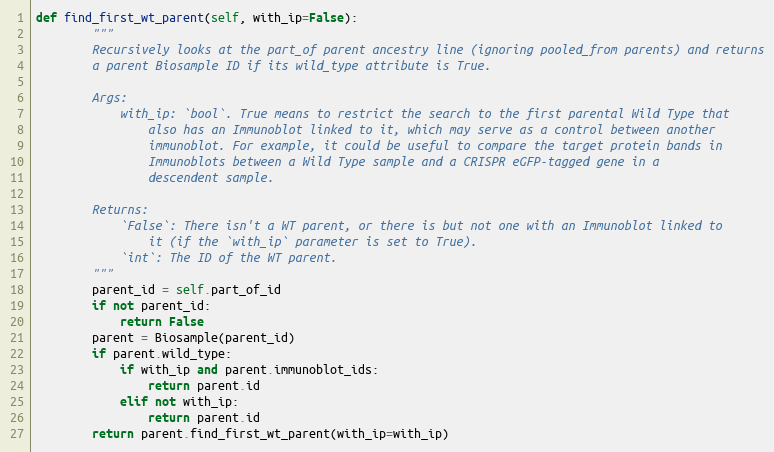
Language: Python
def find_first_wt_parent(self, with_ip=False):
        """
        Recursively looks at the part_of parent ancestry line (ignoring pooled_from parents) and returns
        a parent Biosample ID if its wild_type attribute is True.

        Args:
            with_ip: `bool`. True means to restrict the search to the first parental Wild Type that
                also has an Immunoblot linked to it, which may serve as a control between another
                immunoblot. For example, it could be useful to compare the target protein bands in
                Immunoblots between a Wild Type sample and a CRISPR eGFP-tagged gene in a
                descendent sample.

        Returns:
            `False`: There isn't a WT parent, or there is but not one with an Immunoblot linked to
                it (if the `with_ip` parameter is set to True).
            `int`: The ID of the WT parent.
        """
        parent_id = self.part_of_id
        if not parent_id:
            return False
        parent = Biosample(parent_id)
        if parent.wild_type:
            if with_ip and parent.immunoblot_ids:
                return parent.id
            elif not with_ip:
                return parent.id
        return parent.find_first_wt_parent(with_ip=with_ip)